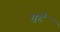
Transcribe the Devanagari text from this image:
गुद्दे